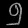
Digit: ၅